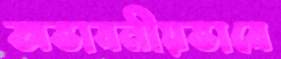
অভাবনীয়ভাবে